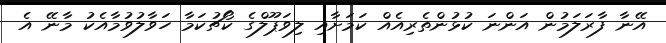
އޭނާ ފާރަލަމުން އަންނަ ކުޅުންތެރިއެއް ކަމަށާއި ލިވަޕޫލްގެ ކޯޗުކަމާ ހަވާލުވުމާއެކު މާނޭ އެ